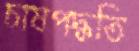
চাষপদ্ধতি